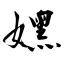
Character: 嫼